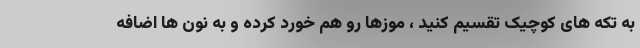
به تکه های کوچیک تقسیم کنید ، موزها رو هم خورد کرده و به نون ها اضافه